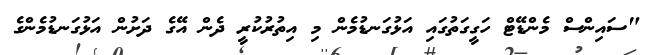
"ސައިންސް މެންޑޭޓް ހަގީގަތުގައި އަޅުގަނޑުމެން މި އިތުރުކުރީ ދެން އޭގެ ދަށުން އަޅުގަނޑުމެންގެ